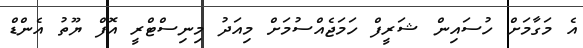
އެ މަގާމަށް ހުސައިން ޝަރީފް ހަމަޖެއްސުމަށް މިއަދު މިނިސްޓްރީ އޮފް ޔޫތު އެންޑް